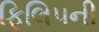
ફિલિપની